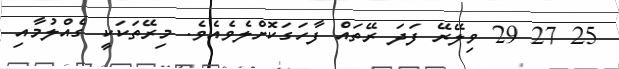
25 27 29 ވިލޭރޭ ފަދަ ރޭތައް ފާހަގަކޮށްލެވެއެވެ. މިރޭތަކަކީ ގެއްލުމާއި